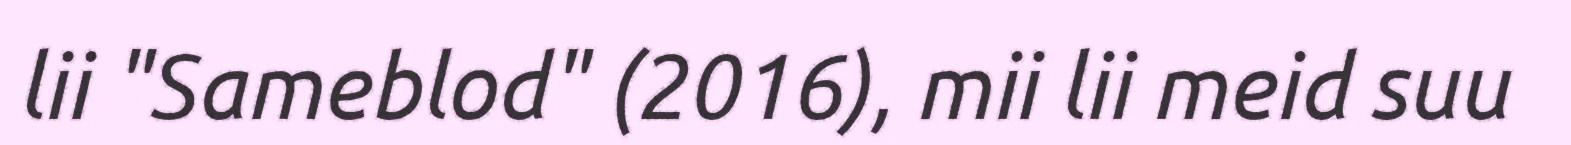
lii "Sameblod" (2016), mii lii meid suu